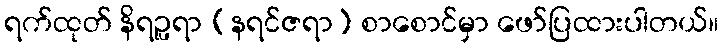
ရက်ထုတ် နိရဉ္ဖရာ (နရင်ဇရာ) စာစောင်မှာ ဖော်ပြထားပါတယ်။